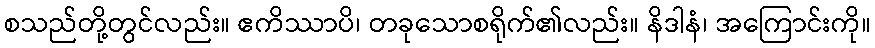
စသည်တို့တွင်လည်း။ ဧကိဿာပိ၊ တခုသောစရိုက်၏လည်း။ နိဒါနံ၊ အကြောင်းကို။